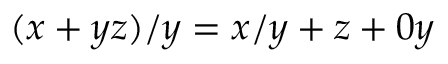
( x + y z ) / y = x / y + z + 0 y